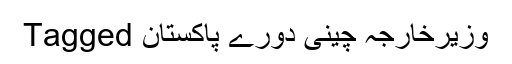
Tagged وزیرخارجہ چینی دورے پاکستان